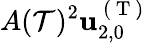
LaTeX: A(\mathcal{T})^{2}\mathbf{{u}}_{2,0}^{\mathrm{{~(~T~)~}}}